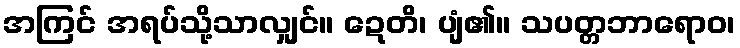
အကြင် အရပ်သို့သာလျှင်။ ဍေတိ၊ ပျံ၏။ သပတ္တဘာရောဝ၊